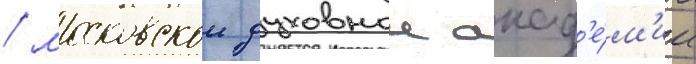
/ московскои духовнои акад'е́м'ии